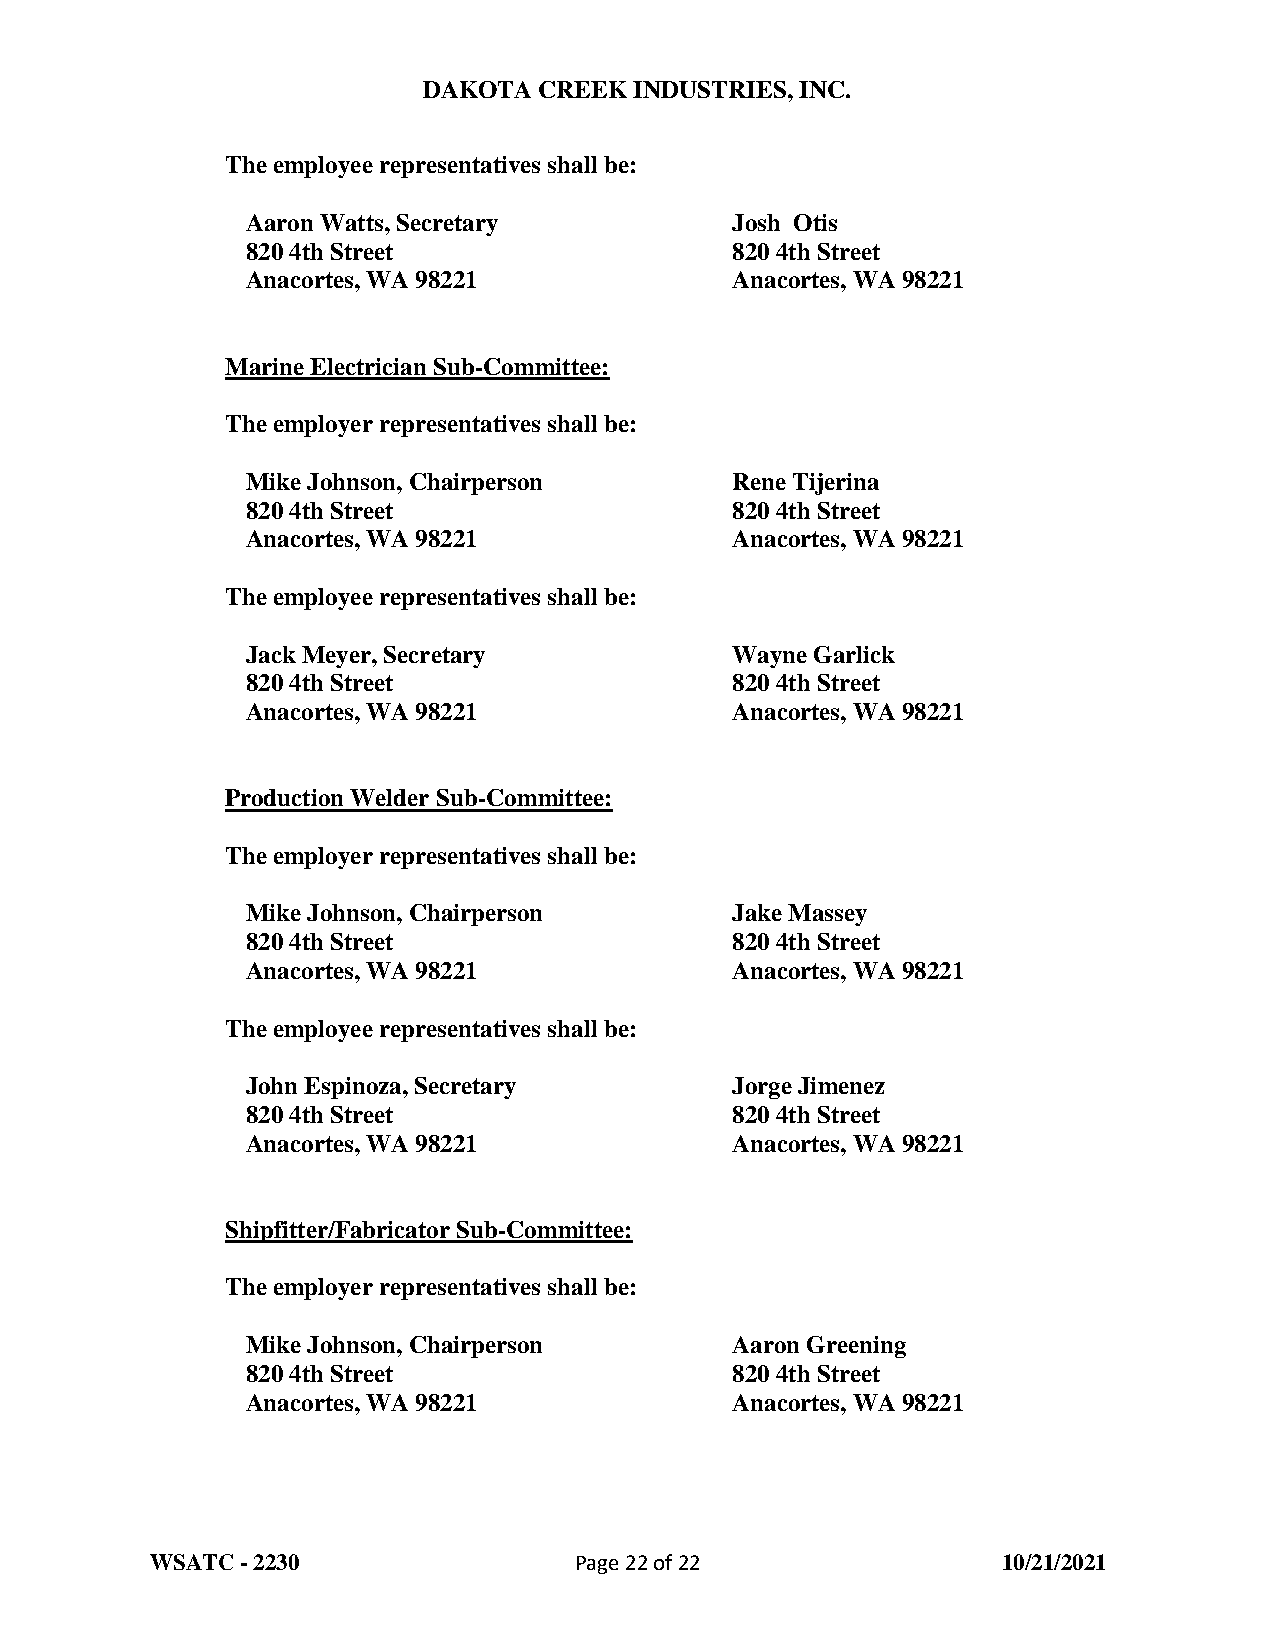
DAKOTA  CREEK INDUSTRIES, INC.
 The employee representatives shall be:
 Aaron Watts, Secretary          Josh Otis
 820 4th Street                  820 4th Street
 Anacortes, WA 98221             Anacortes, WA 98221
 Marine Electrician Sub-Committee:
 The employer representatives shall be:
 Mike Johnson, Chairperson       Rene Tijerina
 820 4th Street                  820 4th Street
 Anacortes, WA 98221             Anacortes, WA 98221
 The employee representatives shall be:
 Jack Meyer, Secretary           Wayne Garlick
 820 4th Street                  820 4th Street
 Anacortes, WA 98221             Anacortes, WA 98221
 Production Welder Sub-Committee:
 The employer representatives shall be:
 Mike Johnson, Chairperson       Jake Massey
 820 4th Street                  820 4th Street
 Anacortes, WA 98221             Anacortes, WA 98221
 The employee representatives shall be:
 John Espinoza, Secretary        Jorge Jimenez
 820 4th Street                  820 4th Street
 Anacortes, WA 98221             Anacortes, WA 98221
 Shipfitter/Fabricator Sub-Committee:
 The employer representatives shall be:
 Mike Johnson, Chairperson       Aaron Greening
 820 4th Street                  820 4th Street
 Anacortes, WA 98221             Anacortes, WA 98221
 WSATC - 2230                Page 22 of 22               10/21/2021